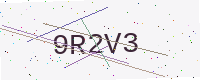
Text: 9R2V3